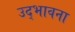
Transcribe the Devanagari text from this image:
उद्‌भावना